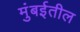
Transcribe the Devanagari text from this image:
मुंबर्इतील